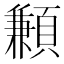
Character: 䫡